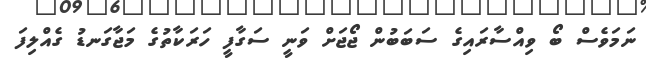
ނަމަވެސް ބޯ ވިއްސާރައިގެ ސަބަބުން ޖޯޖަށް ވަނީ ސަގާފީ ހަރަކާތުގެ މަޖާގަނޑު ގެއްލިފަ